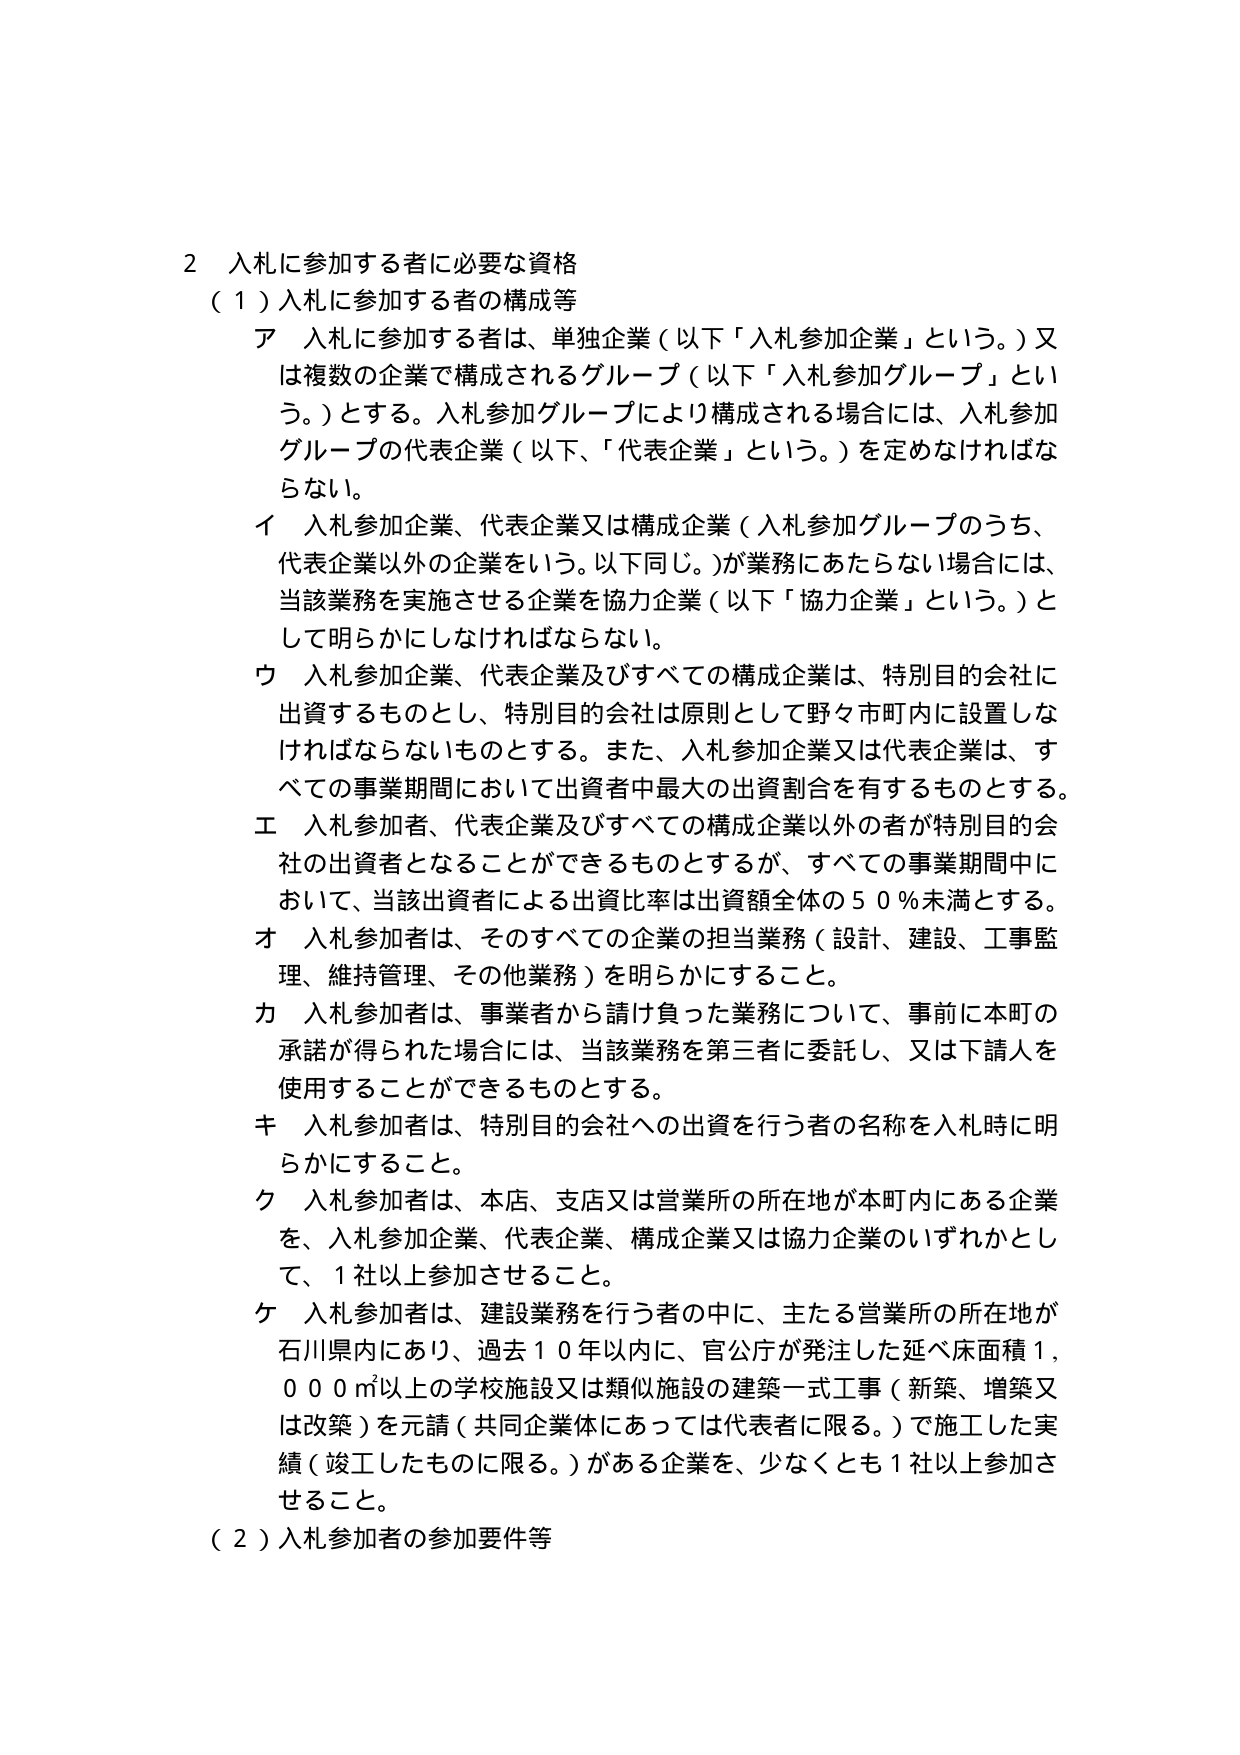
2 入札に参加する者に必要な資格
（1）入札に参加する者の構成等
ア 入札に参加する者は、単独企業（以下「入札参加企業」という。）又は複数の企業で構成されるグループ（以下「入札参加グループ」という。）とする。入札参加グループにより構成される場合には、入札参加グループの代表企業（以下、「代表企業」という。）を定めなければならない。
イ 入札参加企業、代表企業又は構成企業（入札参加グループのうち、代表企業以外の企業をいう。以下同じ。）が業務にあたらない場合には、当該業務を実施させる企業を協力企業（以下「協力企業」という。）として明らかにしなければならない。
ウ 入札参加企業、代表企業及びすべての構成企業は、特別目的会社に出資するものとし、特別目的会社は原則として野々市町内に設置しなければならないものとする。また、入札参加企業又は代表企業は、すべての事業期間において出資者中最大の出資割合を有するものとする。
エ 入札参加者、代表企業及びすべての構成企業以外の者が特別目的会社の出資者となることができるものとするが、すべての事業期間中において、当該出資者による出資比率は出資額全体の５０％未満とする。
オ 入札参加者は、そのすべての企業の担当業務（設計、建設、工事監理、維持管理、その他業務）を明らかにすること。
カ 入札参加者は、事業者から請け負った業務について、事前に本町の承諾が得られた場合には、当該業務を第三者に委託し、又は下請人を使用することができるものとする。
キ 入札参加者は、特別目的会社への出資を行う者の名称を入札時に明らかにすること。
ク 入札参加者は、本店、支店又は営業所の所在地が本町内にある企業を、入札参加企業、代表企業、構成企業又は協力企業のいずれかとして、１社以上参加させること。
ケ 入札参加者は、建設業務を行う者の中に、主たる営業所の所在地が石川県内にあり、過去１０年以内に、官公庁が発注した延べ床面積１，０００㎡以上の学校施設又は類似施設の建築一式工事（新築、増築又は改築）を元請（共同企業体にあっては代表者に限る。）で施工した実績（竣工したものに限る。）がある企業を、少なくとも１社以上参加させること。
（2）入札参加者の参加要件等